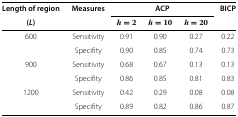
<table><thead><tr><td><b>Length of region</b></td><td><b>Measures</b></td><td colspan="3"><b>ACP</b></td><td><b>BICP</b></td></tr><tr><td><b>(<i>L</i>)</b></td><td><b> </b></td><td><b><i>h=2</i></b></td><td><b><i>h=10</i></b></td><td><b><i>h=20</i></b></td><td><b> </b></td></tr></thead><tbody><tr><td>600</td><td>Sensitivity</td><td>0.91</td><td>0.90</td><td>0.27</td><td>0.22</td></tr><tr><td> </td><td>Specifity</td><td>0.90</td><td>0.85</td><td>0.74</td><td>0.73</td></tr><tr><td>900</td><td>Sensitivity</td><td>0.68</td><td>0.67</td><td>0.13</td><td>0.13</td></tr><tr><td> </td><td>Specifity</td><td>0.86</td><td>0.85</td><td>0.81</td><td>0.83</td></tr><tr><td>1200</td><td>Sensitivity</td><td>0.42</td><td>0.29</td><td>0.08</td><td>0.08</td></tr><tr><td> </td><td>Specifity</td><td>0.89</td><td>0.82</td><td>0.86</td><td>0.87</td></tr></tbody></table>